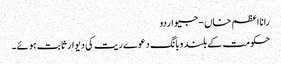
رانا اعظم خاں - جیو اردو
حکومت کے بلند وبانگ دعوے ریت کی دیوار ثابت ہوئے۔